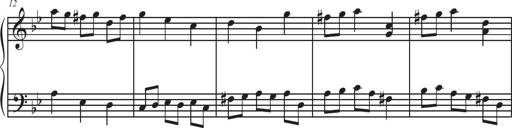
Title: Sonatina Espania
Composer: Jerald Franklin Archer
Key: Various